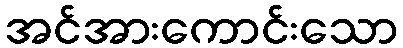
အင်အားကောင်းသော